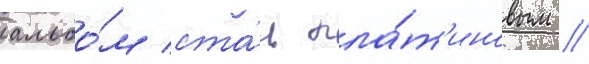
альбо́м ста́л пла́т'иновым //